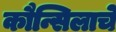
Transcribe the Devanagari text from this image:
कौन्सिलाचे